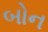
બોન